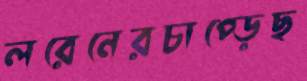
লরেনেরচাপ্‌ড়েছ